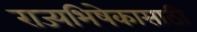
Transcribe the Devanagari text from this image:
राज्यभिषेकासाठी